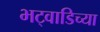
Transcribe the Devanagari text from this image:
भट्वाडिच्या